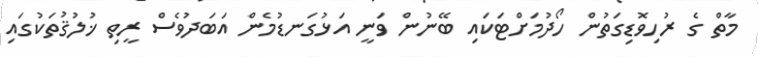
މާތް ގެ ރުހިވޮޑިގަތުން ހޯދުމަށްޓަކައި ބޭނުން ވަނީ އަޅުގަނޑުމެން އަބަދުވެސް ރީތި ޚުލުޤުތަކުގައި